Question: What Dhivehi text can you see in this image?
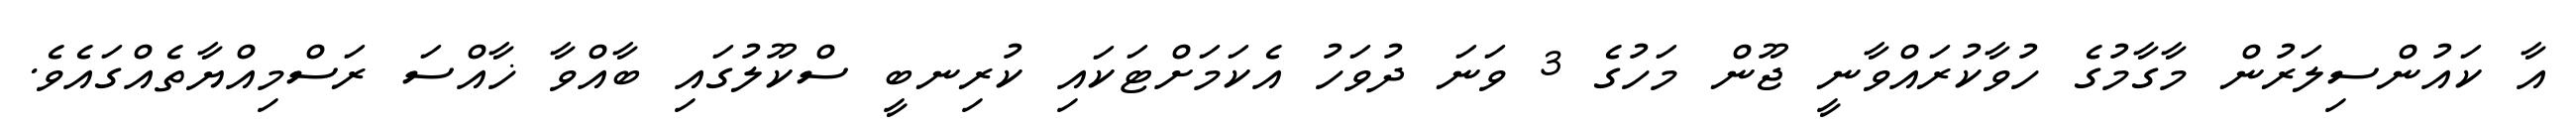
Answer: އާ ކައުންސިލަރުން މާގާމުގެ ހުވާކުރައްވާނީ ޖޫން މަހުގެ 3 ވަނަ ދުވަހު އެކަމަށްޓަކައި ކުރިނބީ ސްކޫލުގައި ބާއްވާ ޚާއްސަ ރަސްމިއްޔާތެއްގައެވެ.